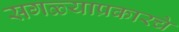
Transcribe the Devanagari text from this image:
सगळ्याप्रकारचे